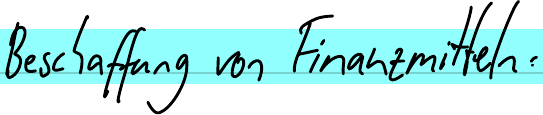
Beschaffung von Finanzmitteln: